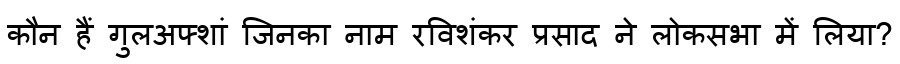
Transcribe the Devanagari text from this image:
कौन हैं गुलअफ्शां जिनका नाम रविशंकर प्रसाद ने लोकसभा में लिया?